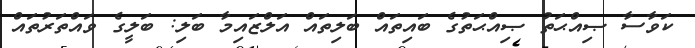
ކަވާސާ ޞިއްޙަތު ޞިއްޙަތުގެ ބައިތައް ބަލިތައް އަލްޒައިމާ ބަލި: ބަލީގެ ވައްތަރުތައް